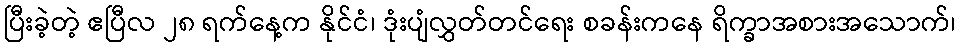
ပြီးခဲ့တဲ့ ဧပြီလ ၂၈ ရက်နေ့က နိုင်ငံ၊ ဒုံးပျံလွှတ်တင်ရေး စခန်းကနေ ရိက္ခာအစားအသောက်၊